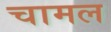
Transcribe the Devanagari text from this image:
चामल